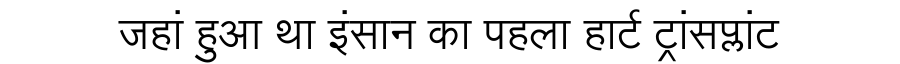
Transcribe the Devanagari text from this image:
जहां हुआ था इंसान का पहला हार्ट ट्रांसप्लांट